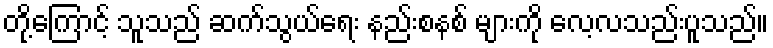
တို့ကြောင့် သူသည် ဆက်သွယ်ရေး နည်းစနစ် များကို လေ့လသည်းပူသည်။